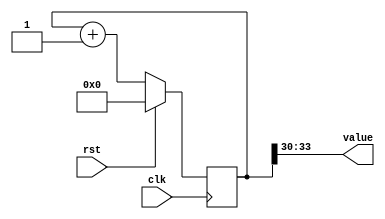
/*
   This file was generated automatically by the Mojo IDE version B1.3.6.
   Do not edit this file directly. Instead edit the original Lucid source.
   This is a temporary file and any changes made to it will be destroyed.
*/

/*
   Parameters:
     SIZE = 4
     DIV = 30
     TOP = 0
     UP = 1
*/
module counter_18 (
    input clk,
    input rst,
    output reg [3:0] value
  );
  
  localparam SIZE = 3'h4;
  localparam DIV = 5'h1e;
  localparam TOP = 1'h0;
  localparam UP = 1'h1;
  
  
  reg [33:0] M_ctr_d, M_ctr_q = 1'h0;
  
  localparam MAX_VALUE = 31'h3fffffff;
  
  always @* begin
    M_ctr_d = M_ctr_q;
    
    value = M_ctr_q[30+3-:4];
    if (1'h1) begin
      M_ctr_d = M_ctr_q + 1'h1;
      if (1'h0 && M_ctr_q == 31'h3fffffff) begin
        M_ctr_d = 1'h0;
      end
    end else begin
      M_ctr_d = M_ctr_q - 1'h1;
      if (1'h0 && M_ctr_q == 1'h0) begin
        M_ctr_d = 31'h3fffffff;
      end
    end
  end
  
  always @(posedge clk) begin
    if (rst == 1'b1) begin
      M_ctr_q <= 1'h0;
    end else begin
      M_ctr_q <= M_ctr_d;
    end
  end
  
endmodule